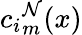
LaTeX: {c_{i}}_{m}^{\mathcal{N}}(x)